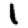
Digit: 1